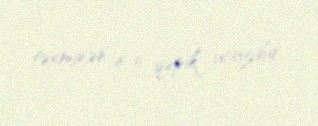
təxminən 4-5 qəpik ucuzdur.